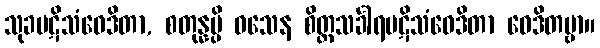
သုခပဋိသံဝေဒိတာ, စတုန္နမ္ပိ ဝသေန စိတ္တသင်္ခါရပဋိသံဝေဒိတာ ဝေဒိတဗ္ဗာ။